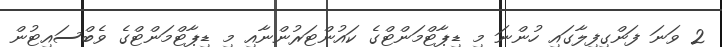
2 ވަނަ ފަންގިފިލާގައި ހުންނަ މި ޑިޕާޓްމަންޓްގެ ކައުންޓަރުންނާއި މި ޑިޕާޓްމަންޓްގެ ވެބްސައިޓުން